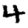
Digit: 4